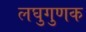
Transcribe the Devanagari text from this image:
लघुगुणक